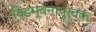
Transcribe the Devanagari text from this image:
विडम्बनापूर्वक